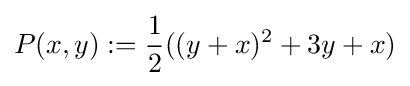
P(x,y):={\frac {1}{2}}((y+x)^{2}+3y+x)